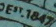
EST.1847